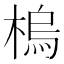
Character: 㮧